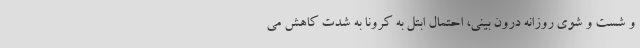
و شست و شوی روزانه درون بینی، احتمال ابتل به کرونا به شدت کاهش می